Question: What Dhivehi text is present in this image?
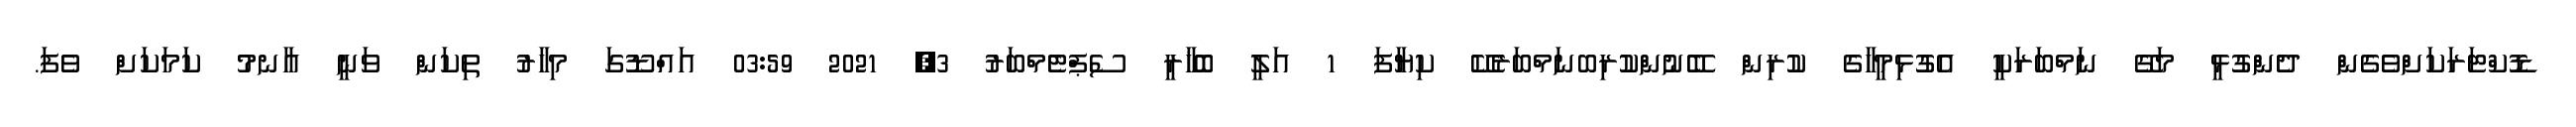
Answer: ޑޮކްޓަރަކަށްވެގެން ދެންގުޅީ މަގޭ ނަމްބަރަކީ އެގުޅިމީހާގެ ކުރިން ބޭނުންކުރިބނަމްބަރެކޭ ކިޔާފަ 1 އަލީ ބޮޚާރީ ސެޕްޓެމްބަރު 3, 2021 03:59 އައްޑޫގަ މިހާރު ތިކަން ވަނީ އާނމު ކަމަކަށް ވެފަ.